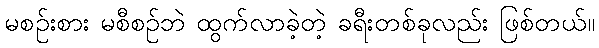
မစဉ်းစား မစီစဉ်ဘဲ ထွက်လာခဲ့တဲ့ ခရီးတစ်ခုလည်း ဖြစ်တယ်။